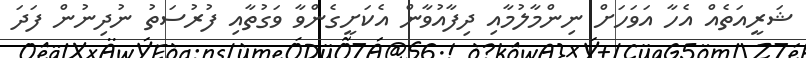
ޝަރީއަތެއް އެހާ އަވަހަށް ނިންމާލުމާއި ދިފާއުވާން އެކަށީގެންވާ ވަގުތާއި ފުރުސަތު ނުދިނުން ފަދަ